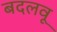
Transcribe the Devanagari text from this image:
बदलवू